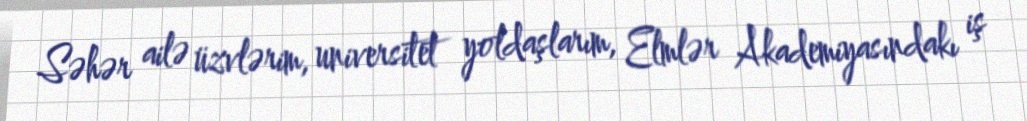
Səhər ailə üzvlərim, universitet yoldaşlarım, Elmlər Akademiyasındakı iş